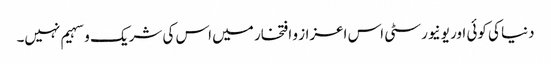
دنیا کی کوئی اور یونیورسٹی اس اعزاز و افتخار میں اس کی شریک و سہیم نہیں۔